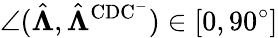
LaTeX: \angle(\hat{\boldsymbol{\Lambda}},\hat{\boldsymbol{\Lambda}}^{\mathrm{CDC^{-}}})\in[0,90^{\circ}]